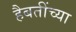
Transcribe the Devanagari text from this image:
हैबतींच्या